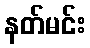
နတ်မင်း